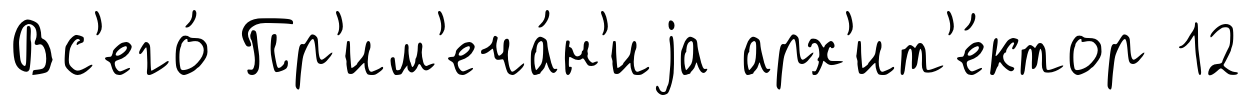
Вс'его́ Пр'им'еча́н'иjа арх'ит'е́ктор 12